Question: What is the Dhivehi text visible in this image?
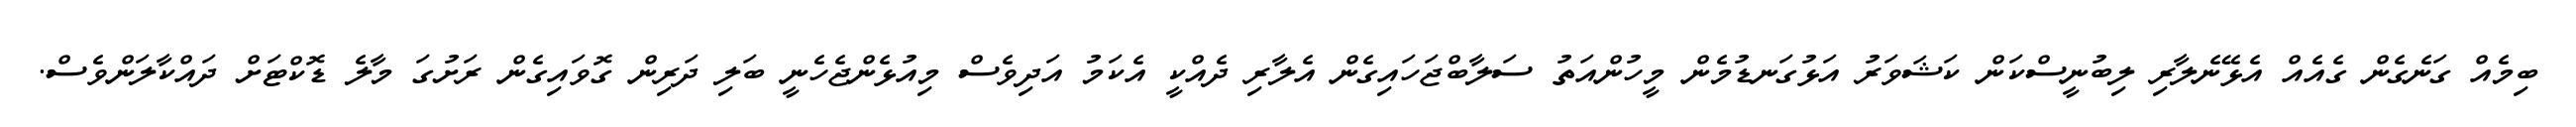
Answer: ބިމެއް ގަނެގެން ގެއެއް އެޅޭނެލާރި ލިބުނީސްކަން ކަޝަވަރު އަޅުގަނޑުމެން މީހުންއަތު ސަލާބްޖަހައިގެން އެލާރި ދެއްކީ އެކަމު އަދިވެސް މިއުޅެންޖެހެނީ ބަލި ދަރިން ގޮވައިގެން ރަށުގަ މާލެ ޑޮކްޓަށް ދައްކާލަންވެސް.